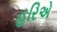
હરિએ